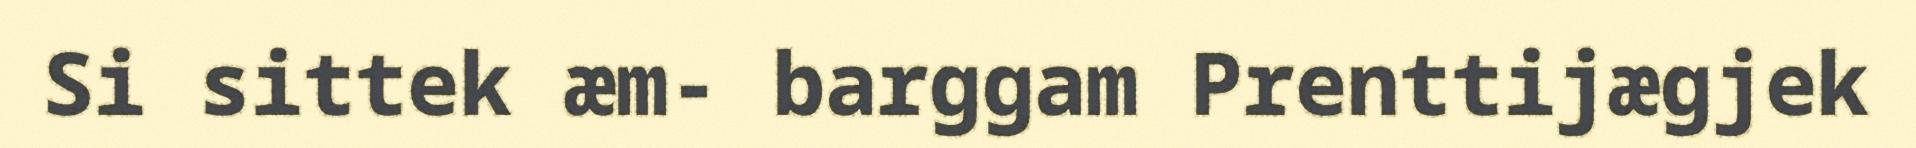
Si sittek æm- barggam Prenttijægjek